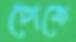
ঢোকে